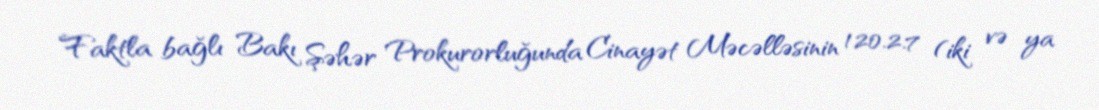
Faktla bağlı Bakı Şəhər Prokurorluğunda Cinayət Məcəlləsinin 120.2.7 (iki və ya